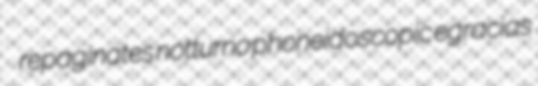
repaginates notturno phoneidoscopic egracias